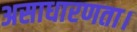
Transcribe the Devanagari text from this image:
असाधारणता।